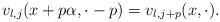
LaTeX: \begin{align*}v_{l, j}(x+p\alpha, \cdot-p)=v_{l, j+p}(x, \cdot).\end{align*}